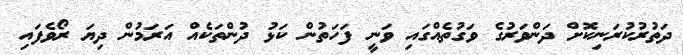
ދަތުރުކުރަނިކޮށް ދަންވަރުގެ ވަގުތެއްގައި ވަނީ ފަހަތުން ކަޅު ދުންތަކެއް އަރަމުން ދިޔަ ރޯވެފައި